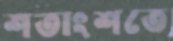
শতাংশতে